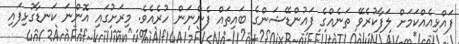
ފައްޅިއެއްކަމަށް ލަފާކުރެވޭ ތަނެއްގެ ފައުންޑޭޝަންގެ ބައިތައް ފެންނަން ހުރެއެވެ. މިރަށުގައި އޮންނަ ކަނޑާގުޅިފައި